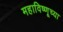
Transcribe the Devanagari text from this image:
महाविष्णूच्या